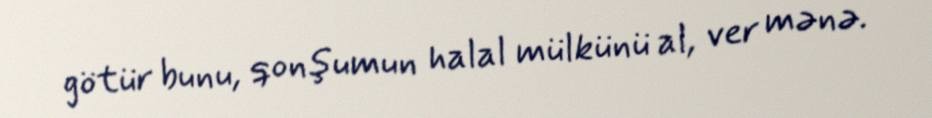
götür bunu, qonşumun halal mülkünü al, ver mənə.